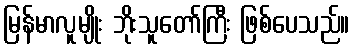
မြန်မာလူမျိုး ဘိုးသူတော်ကြီး ဖြစ်ပေသည်။